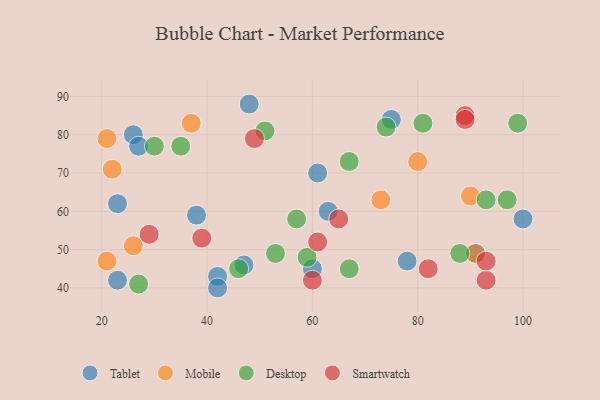
{"axis": {"x": "GDP", "y": "Life Expectancy"}, "legend": ["Desktop", "Mobile", "Smartwatch", "Tablet"], "data": [{"x": "26", "y": 80, "type": "Tablet"}, {"x": "91", "y": 49, "type": "Tablet"}, {"x": "23", "y": 62, "type": "Tablet"}, {"x": "78", "y": 47, "type": "Tablet"}, {"x": "42", "y": 43, "type": "Tablet"}, {"x": "42", "y": 40, "type": "Tablet"}, {"x": "48", "y": 88, "type": "Tablet"}, {"x": "61", "y": 70, "type": "Tablet"}, {"x": "27", "y": 77, "type": "Tablet"}, {"x": "38", "y": 59, "type": "Tablet"}, {"x": "23", "y": 42, "type": "Tablet"}, {"x": "60", "y": 45, "type": "Tablet"}, {"x": "75", "y": 84, "type": "Tablet"}, {"x": "100", "y": 58, "type": "Tablet"}, {"x": "47", "y": 46, "type": "Tablet"}, {"x": "63", "y": 60, "type": "Tablet"}, {"x": "21", "y": 79, "type": "Mobile"}, {"x": "90", "y": 64, "type": "Mobile"}, {"x": "37", "y": 83, "type": "Mobile"}, {"x": "91", "y": 49, "type": "Mobile"}, {"x": "22", "y": 71, "type": "Mobile"}, {"x": "80", "y": 73, "type": "Mobile"}, {"x": "21", "y": 47, "type": "Mobile"}, {"x": "73", "y": 63, "type": "Mobile"}, {"x": "26", "y": 51, "type": "Mobile"}, {"x": "30", "y": 77, "type": "Desktop"}, {"x": "88", "y": 49, "type": "Desktop"}, {"x": "57", "y": 58, "type": "Desktop"}, {"x": "99", "y": 83, "type": "Desktop"}, {"x": "67", "y": 45, "type": "Desktop"}, {"x": "27", "y": 41, "type": "Desktop"}, {"x": "53", "y": 49, "type": "Desktop"}, {"x": "35", "y": 77, "type": "Desktop"}, {"x": "67", "y": 73, "type": "Desktop"}, {"x": "74", "y": 82, "type": "Desktop"}, {"x": "97", "y": 63, "type": "Desktop"}, {"x": "93", "y": 63, "type": "Desktop"}, {"x": "46", "y": 45, "type": "Desktop"}, {"x": "51", "y": 81, "type": "Desktop"}, {"x": "59", "y": 48, "type": "Desktop"}, {"x": "81", "y": 83, "type": "Desktop"}, {"x": "89", "y": 85, "type": "Smartwatch"}, {"x": "93", "y": 42, "type": "Smartwatch"}, {"x": "82", "y": 45, "type": "Smartwatch"}, {"x": "65", "y": 58, "type": "Smartwatch"}, {"x": "60", "y": 42, "type": "Smartwatch"}, {"x": "89", "y": 84, "type": "Smartwatch"}, {"x": "29", "y": 54, "type": "Smartwatch"}, {"x": "93", "y": 47, "type": "Smartwatch"}, {"x": "61", "y": 52, "type": "Smartwatch"}, {"x": "39", "y": 53, "type": "Smartwatch"}, {"x": "49", "y": 79, "type": "Smartwatch"}]}